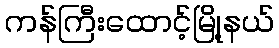
ကန်ကြီးထောင့်မြို့နယ်